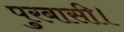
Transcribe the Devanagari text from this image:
पुरबासी।